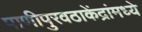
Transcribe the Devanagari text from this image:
पाणीपुरवठाकेंद्रांमध्ये